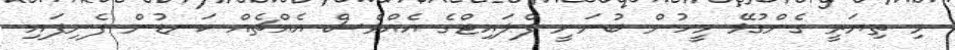
މި ތިޔަރީ ގެންގުޅޭ މީހުން ބުނަނީ ފްލައިޓްގެ އެއްވެސް އެއްޗެއް ކަނޑުން ފެނިފައި